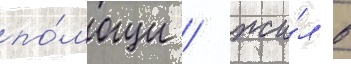
по́мощи / жи́л в